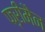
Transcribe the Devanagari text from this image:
फ्ऱीमैन